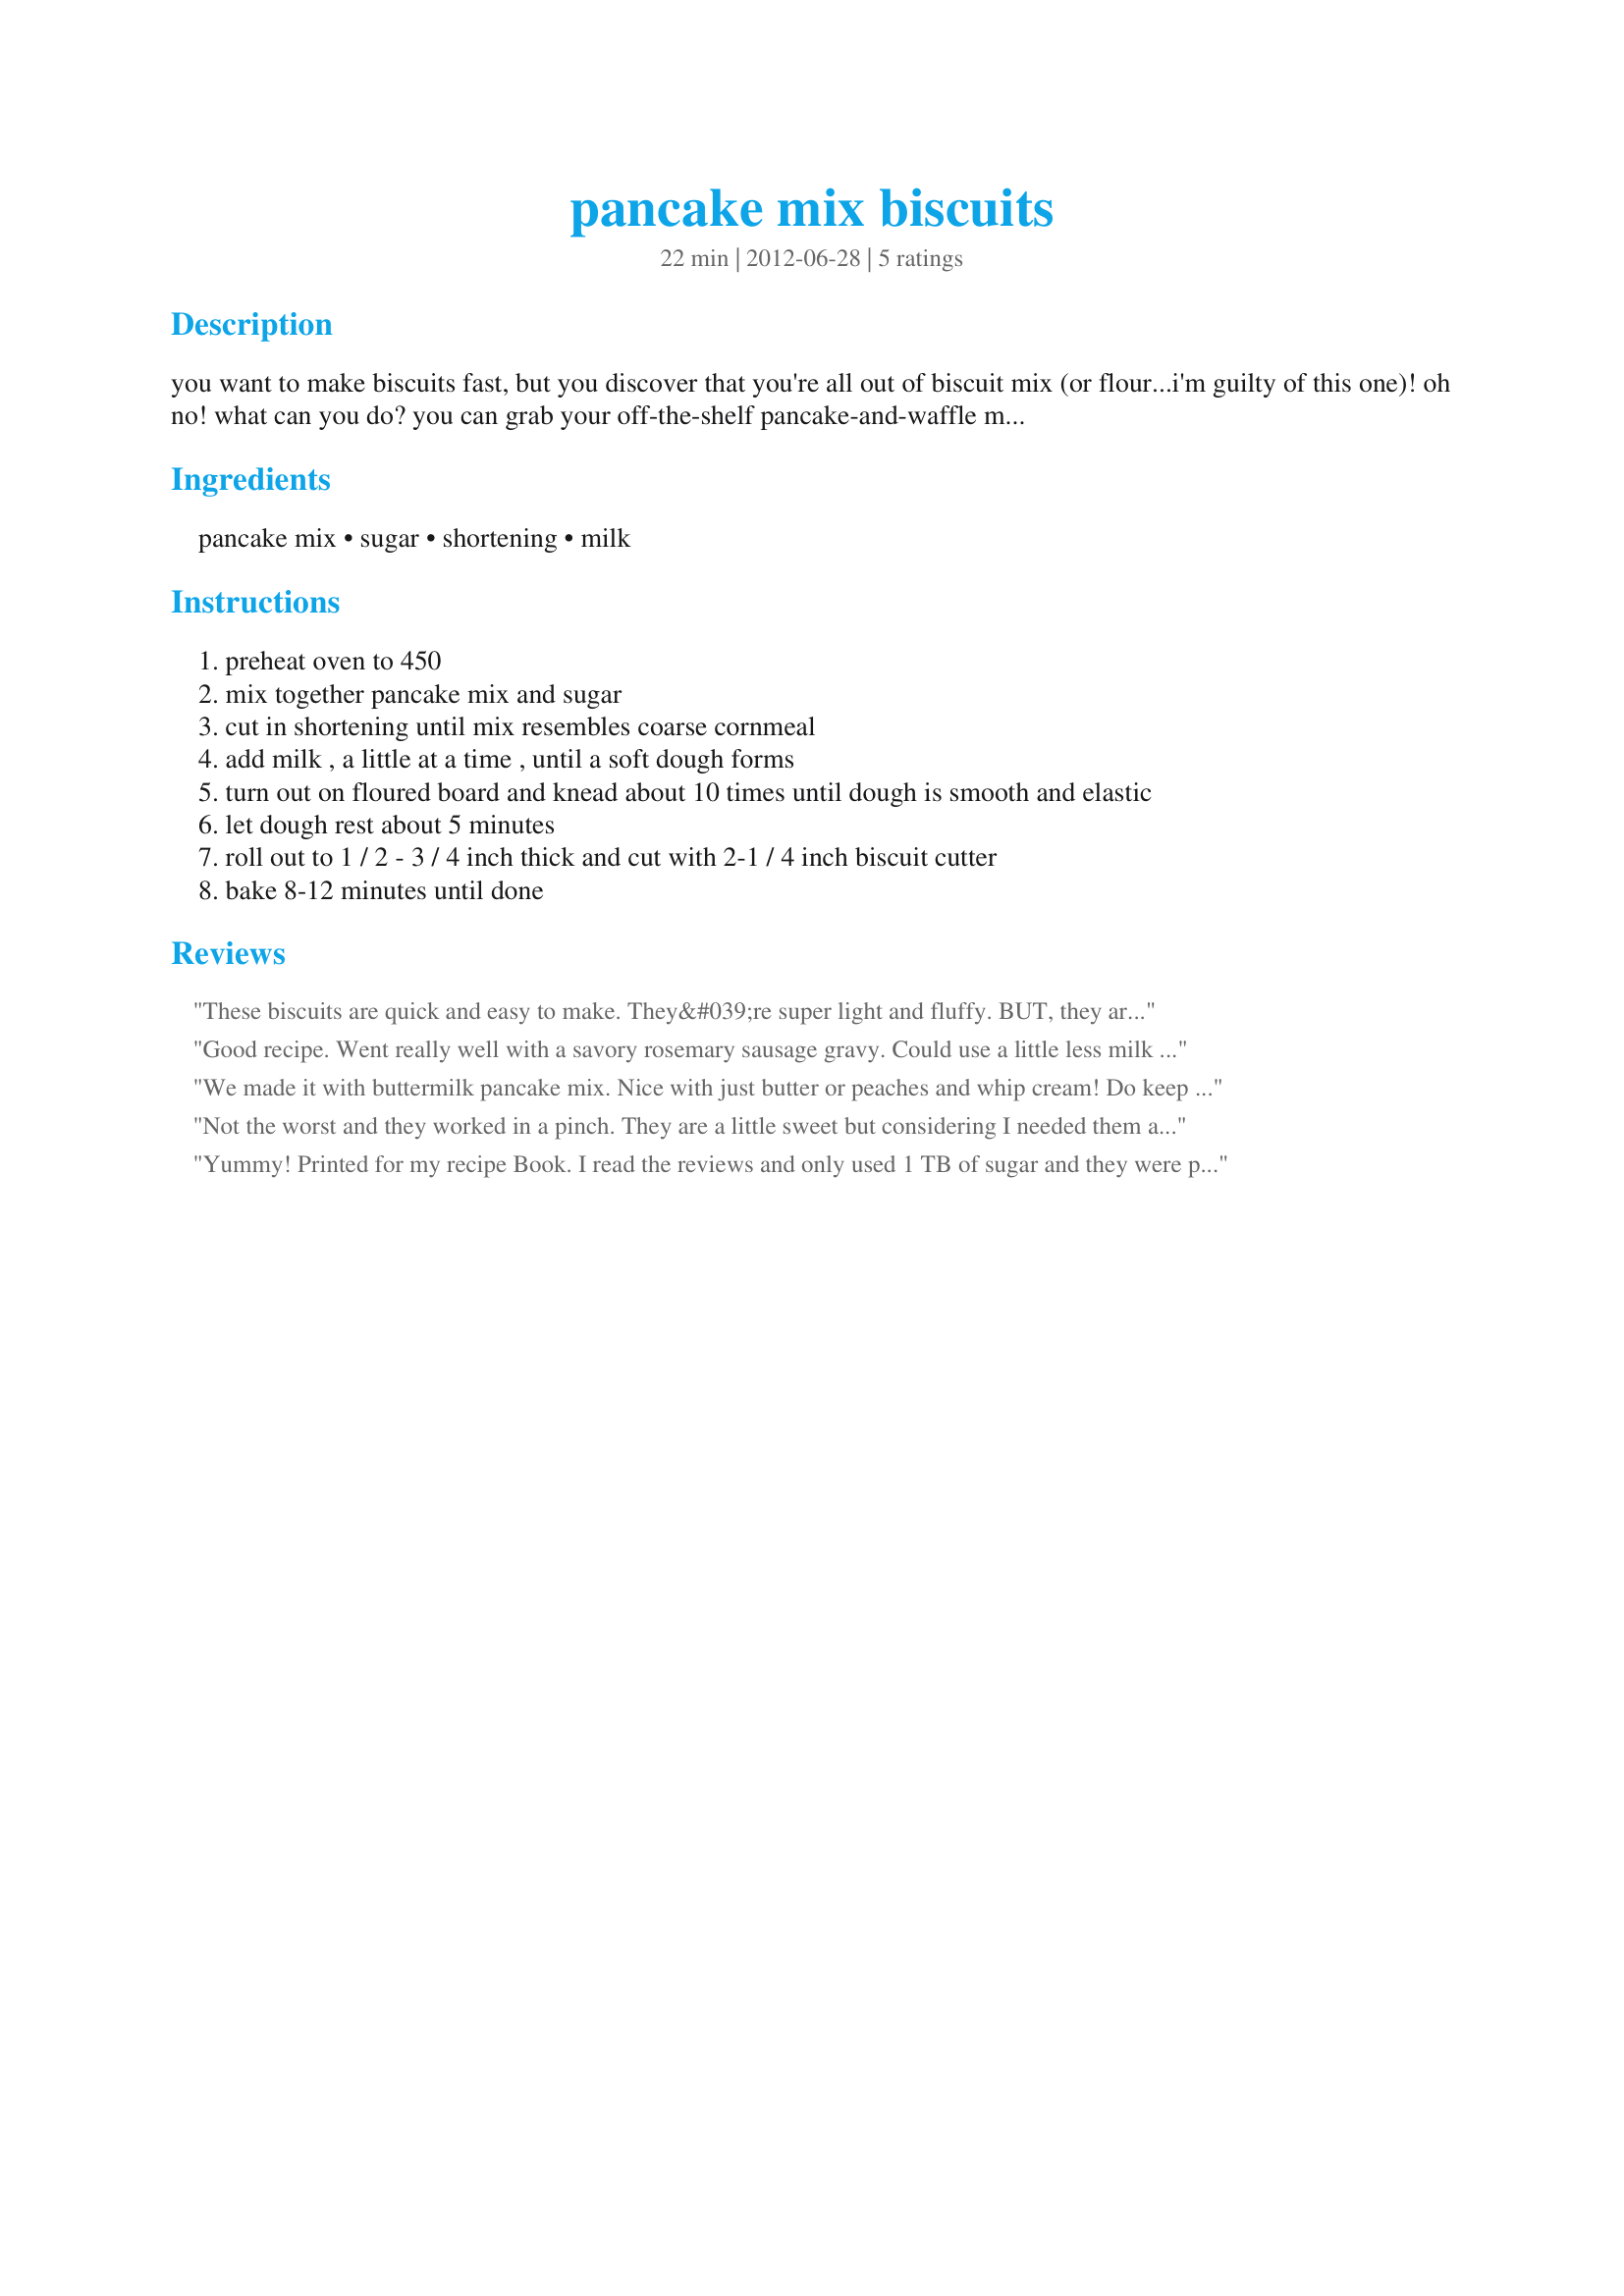
pancake mix biscuits
Preparation time: 22 minutes

you want to make biscuits fast, but you discover that you're all out of biscuit mix (or flour...i'm guilty of this one)! oh no! what can you do? you can grab your off-the-shelf pancake-and-waffle mix off the shelf, and get to work. that's what you can do!

Ingredients:
pancake mix, sugar, shortening, milk

Steps:
preheat oven to 450
mix together pancake mix and sugar
cut in shortening until mix resembles coarse cornmeal
add milk , a little at a time , until a soft dough forms
turn out on floured board and knead about 10 times until dough is smooth and elastic
let dough rest about 5 minutes
roll out to 1 / 2 - 3 / 4 inch thick and cut with 2-1 / 4 inch biscuit cutter
bake 8-12 minutes until done

Reviews:
These biscuits are quick and easy to make. They&#039;re super light and fluffy. BUT, they are far to sweet to eat with gravy. They&#039;re good with butter, honey, jam, and would probably be GREAT with chocolate gravy, just not with pepper gravy.
Good recipe. Went really well with a savory rosemary sausage gravy. Could use a little less milk for a denser biscuit though.
We made it with buttermilk pancake mix. Nice with just butter or peaches and whip cream! Do keep a very close eye. Followed recipe exact.
Not the worst and they worked in a pinch. They are a little sweet but considering I needed them and didn’t want to go to store we ate with gravy and the gravy made up for the sweetness. Would definitely be good for jelly biscuits
Yummy! Printed for my recipe Book. I read the reviews and only used 1 TB of sugar and they were perfect!
